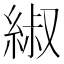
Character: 𫃬